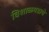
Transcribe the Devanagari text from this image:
विशाळगडाचे